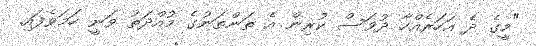
"މީގެ ދެ އަހަރެއްހާ ދުވަސް ކުރިން އެ ތަންތަނުގެ މުއްދަތު ވަނީ ހަމަވެފައި.